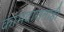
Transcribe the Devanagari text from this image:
कामदारानाही